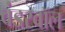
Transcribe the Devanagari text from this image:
वंडरवॉल